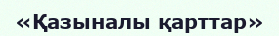
«Қазыналы қарттар»